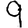
Digit: 9